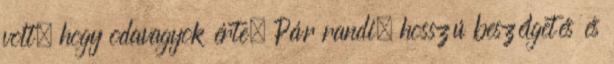
volt, hogy odavagyok érte. Pár randi, hosszú beszélgetés és